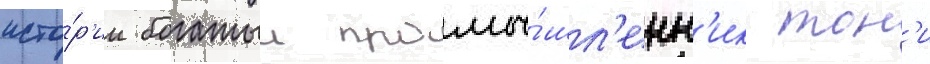
исто́р'ии богатыи промы́шл'енн'ик тон'и